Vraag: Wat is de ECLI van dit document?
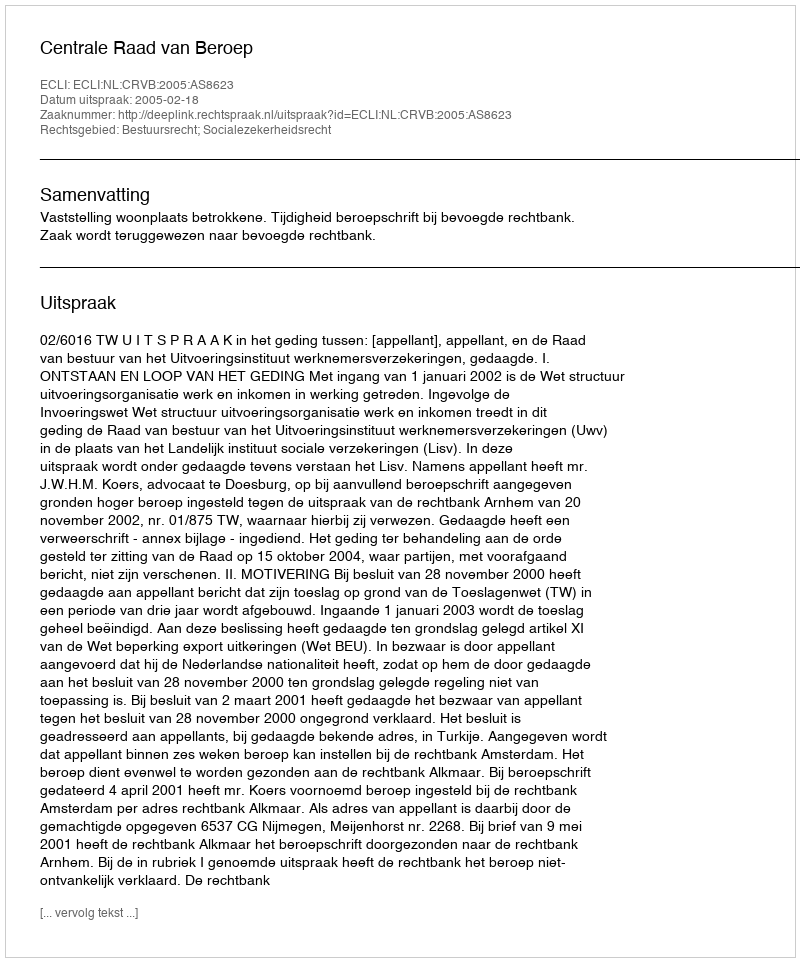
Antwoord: ECLI:NL:CRVB:2005:AS8623